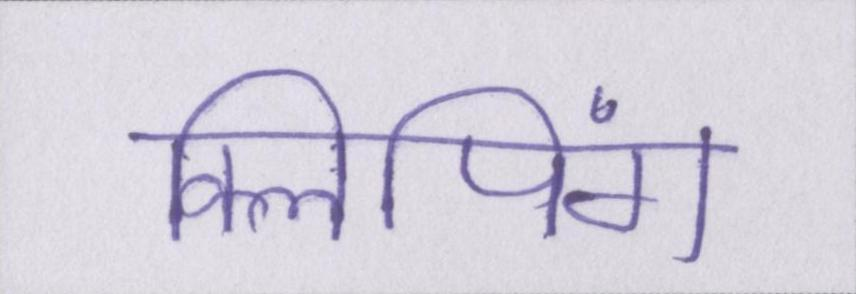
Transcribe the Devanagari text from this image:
क्लिपिंग